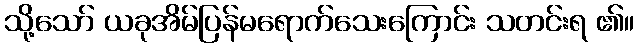
သို့သော် ယခုအိမ်ပြန်မရောက်သေးကြောင်း သတင်းရ ၏။